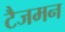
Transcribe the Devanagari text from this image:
टैजमन